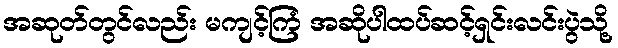
အဆုတ်တွင်လည်း မကျင့်ကြံ အဆိုပါထပ်ဆင့်ရှင်းလင်းပွဲသို့